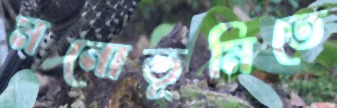
মনোভূমিতে